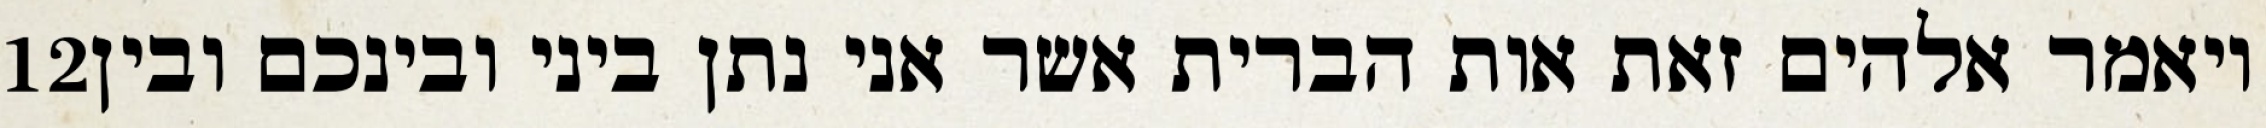
‎12‏ ויאמר אלהים זאת אות הברית אשר אני נתן ביני ובינכם ובין